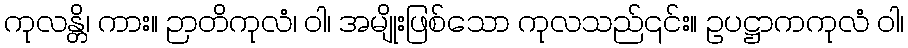
ကုလန္တိ၊ ကား။ ဉာတိကုလံ၊ ဝါ၊ အမျိုးဖြစ်သော ကုလသည်၎င်း။ ဥပဋ္ဌာကကုလံ ဝါ၊